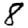
Digit: 8